Annual report on the Civil Veterinary Department, Burma (including the Insein Veterinary School) - 1932-1941
Year: 1932
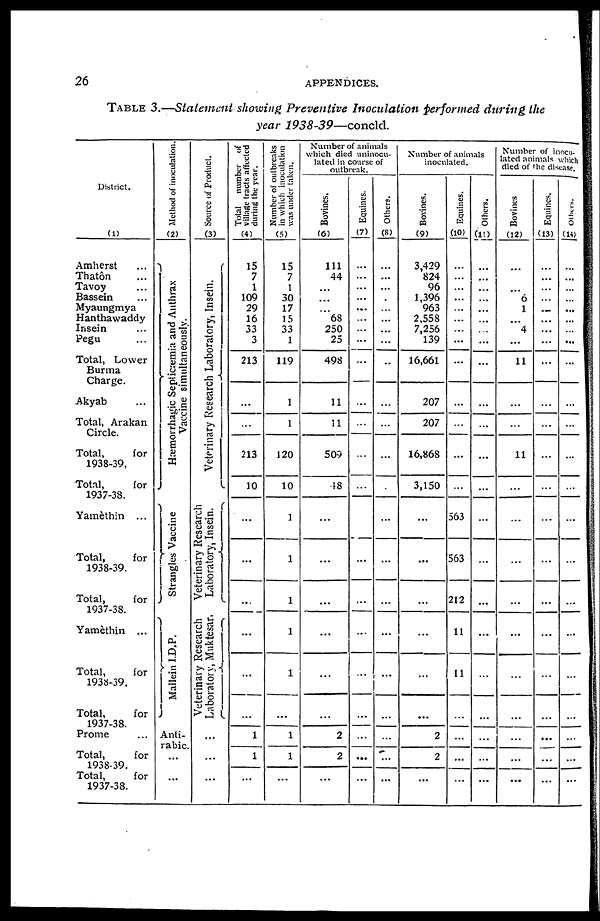
26
APPENDICES.
TABLE 3.—Statement showing Preventive Inoculation performed during the
year 1938-39—concld.
District.
(1)
Amherst ...
Thatôn ...
Tavoy ...
Bassein ...
Myaungmya
Hanthawaddy
Insein ...
Pegu ...
Total, Lower
Burma
Akyab ...
Total, Arakan
Circle.
Total,
for
1938-39,
Total,
for
1937-38.
Yamèthin ...
Total,
for
1938-39.
Total,
for
1937-38.
Yamèthin ...
Total,
for
1938-39.
Total,
for
1937-38.
Prome ...
Total,
for
1938-39.
Total,
for
1937-38.
Method of inoculation.
(2)
Hæmorrhagic Septicæmia and Anthrax
Vaccine simultaneously.
Strangles Vaccine
Mallein I.D.P.
Anti-
rabic
Source of Product.
(3)
Veterinary Research Laboratory, Insein.
Veterinary Research
Laboratory, Insein.
Veterinary Research
Laboratory, Muktesar.
Total number of
village tracts affected
during the year.
(4)
15
7
1
109
29
16
33
3
213
...
...
213
10
...
...
...
...
...
1
1
...
Number of outbreaks
in which inoculation
was under taken.
(5)
15
7
1
30
17
15
33
1
119
1
1
120
10
1
1
1
1
1
1
1
...
Number of animals
which died uninocu-
lated in course of
outbreak.
Bovines.
(6)
111
44
...
...
...
68
250
25
498
11
11
509
48
...
...
...
...
...
2
2
...
Equines.
(7)
...
...
...
...
...
...
...
...
...
...
...
...
...
...
...
...
...
...
...
...
...
Others.
(8)
...
...
...
...
...
...
...
...
...
...
...
...
...
...
...
...
...
...
...
...
...
Number of animals
inoculated.
Bovines.
(9)
3,429
824
96
1,396
963
2,558
7,256
139
16,661
207
207
16,868
3,150
...
...
...
...
...
2
2
...
Equines.
(10)
...
...
...
...
...
...
...
...
...
...
...
...
...
563
563
212
11
11
...
...
...
Others.
(1!)
...
...
...
...
...
...
...
...
...
...
...
...
...
...
...
...
...
...
...
...
...
Number of inocu-
lated animals which
died of the disease.
Bovines
(12)
...
...
...
6
1
...
4
...
11
...
...
11
...
...
...
...
...
...
...
...
...
Equines.
(13)
...
...
...
...
...
...
...
...
...
...
...
...
...
...
...
...
...
...
...
...
...
Others.
(14)
...
...
...
...
...
...
...
...
...
...
...
...
...
...
...
...
...
...
...
...
...